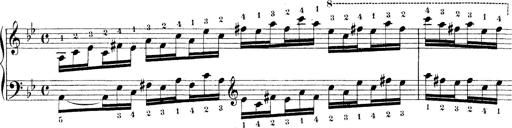
Title: Technische Studien
Composer: Franz Liszt